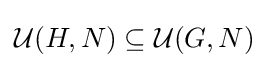
{\mathcal {U}}(H,N)\subseteq {\mathcal {U}}(G,N)